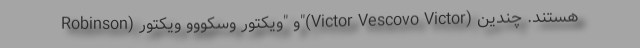
Robinson) و "ویکتور وسکووو ویکتور"(Victor Vescovo Victor) هستند. چندین